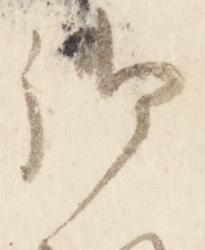
御